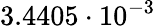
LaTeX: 3.4405\cdot 10^{-3}